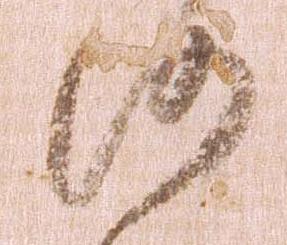
沙